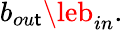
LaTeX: b_{ou\mathsf{t}}\leb_{in}.